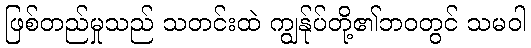
ဖြစ်တည်မှုသည် သတင်းထဲ ကျွန်ုပ်တို့၏ဘဝတွင် သမဝါ